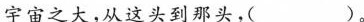
宇宙之大，从这头到那头，( )。